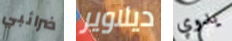
ضرائبي ديلاوير يدوي